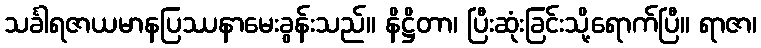
သင်္ခါရဇာယမာနပြဿနာမေးခွန်းသည်။ နိဋ္ဌိတာ၊ ပြီးဆုံးခြင်းသို့ရောက်ပြီ။ ရာဇာ၊